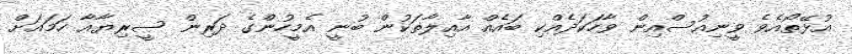
އުޅޭތޯއެވެ ވީނިއުސްއިން ވާހަކަދެއްކި ބައެއް އާއިލާތަކުން ބުނީ އެމީހުންގެ ދަރިން ސީރިޔާއާ ހަމައަށް